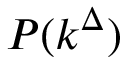
P ( k ^ { \Delta } )